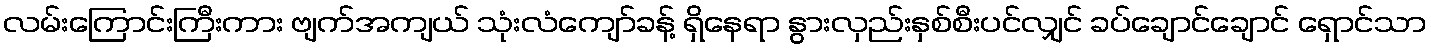
လမ်းကြောင်းကြီးကား ဗျက်အကျယ် သုံးလံကျော်ခန့် ရှိနေရာ နွားလှည်းနှစ်စီးပင်လျှင် ခပ်ချောင်ချောင် ရှောင်သာ